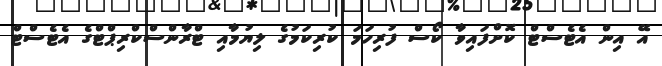
އޭ އިން އެޓެސްޓް ކޮށްފައިވާ ކޯސް ފުރިހަމަ ކުރިކަމުގެ ލިޔުމާއި ޓްރާންސްކްރިޕްޓްގެ އެޓެސްޓް